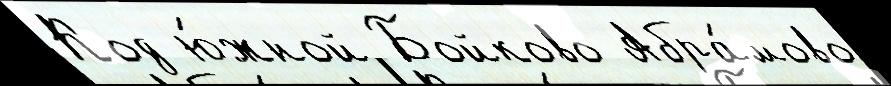
Код ю́жной Бойково Абра́мово